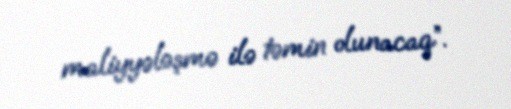
maliyyələşmə ilə təmin olunacaq”.